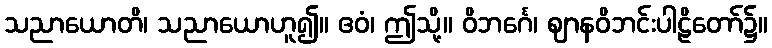
သညာယောတိ၊ သညာယောဟူ၍။ ဧဝံ၊ ဤသို့။ ဝိဘင်္ဂေ၊ ဈာနဝိဘင်းပါဠိတော်၌။